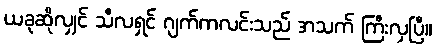
ယခုဆိုလျှင် သီလရှင် ဂျက်ကလင်းသည် အသက် ကြီးလှပြီ။